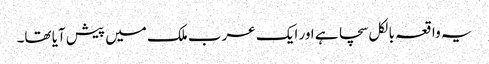
یہ واقعہ بالکل سچا ہے اور ایک عرب ملک میں پیش آیا تھا۔